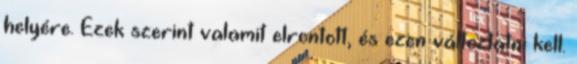
helyére. Ezek szerint valamit elrontott, és ezen változtatni kell.